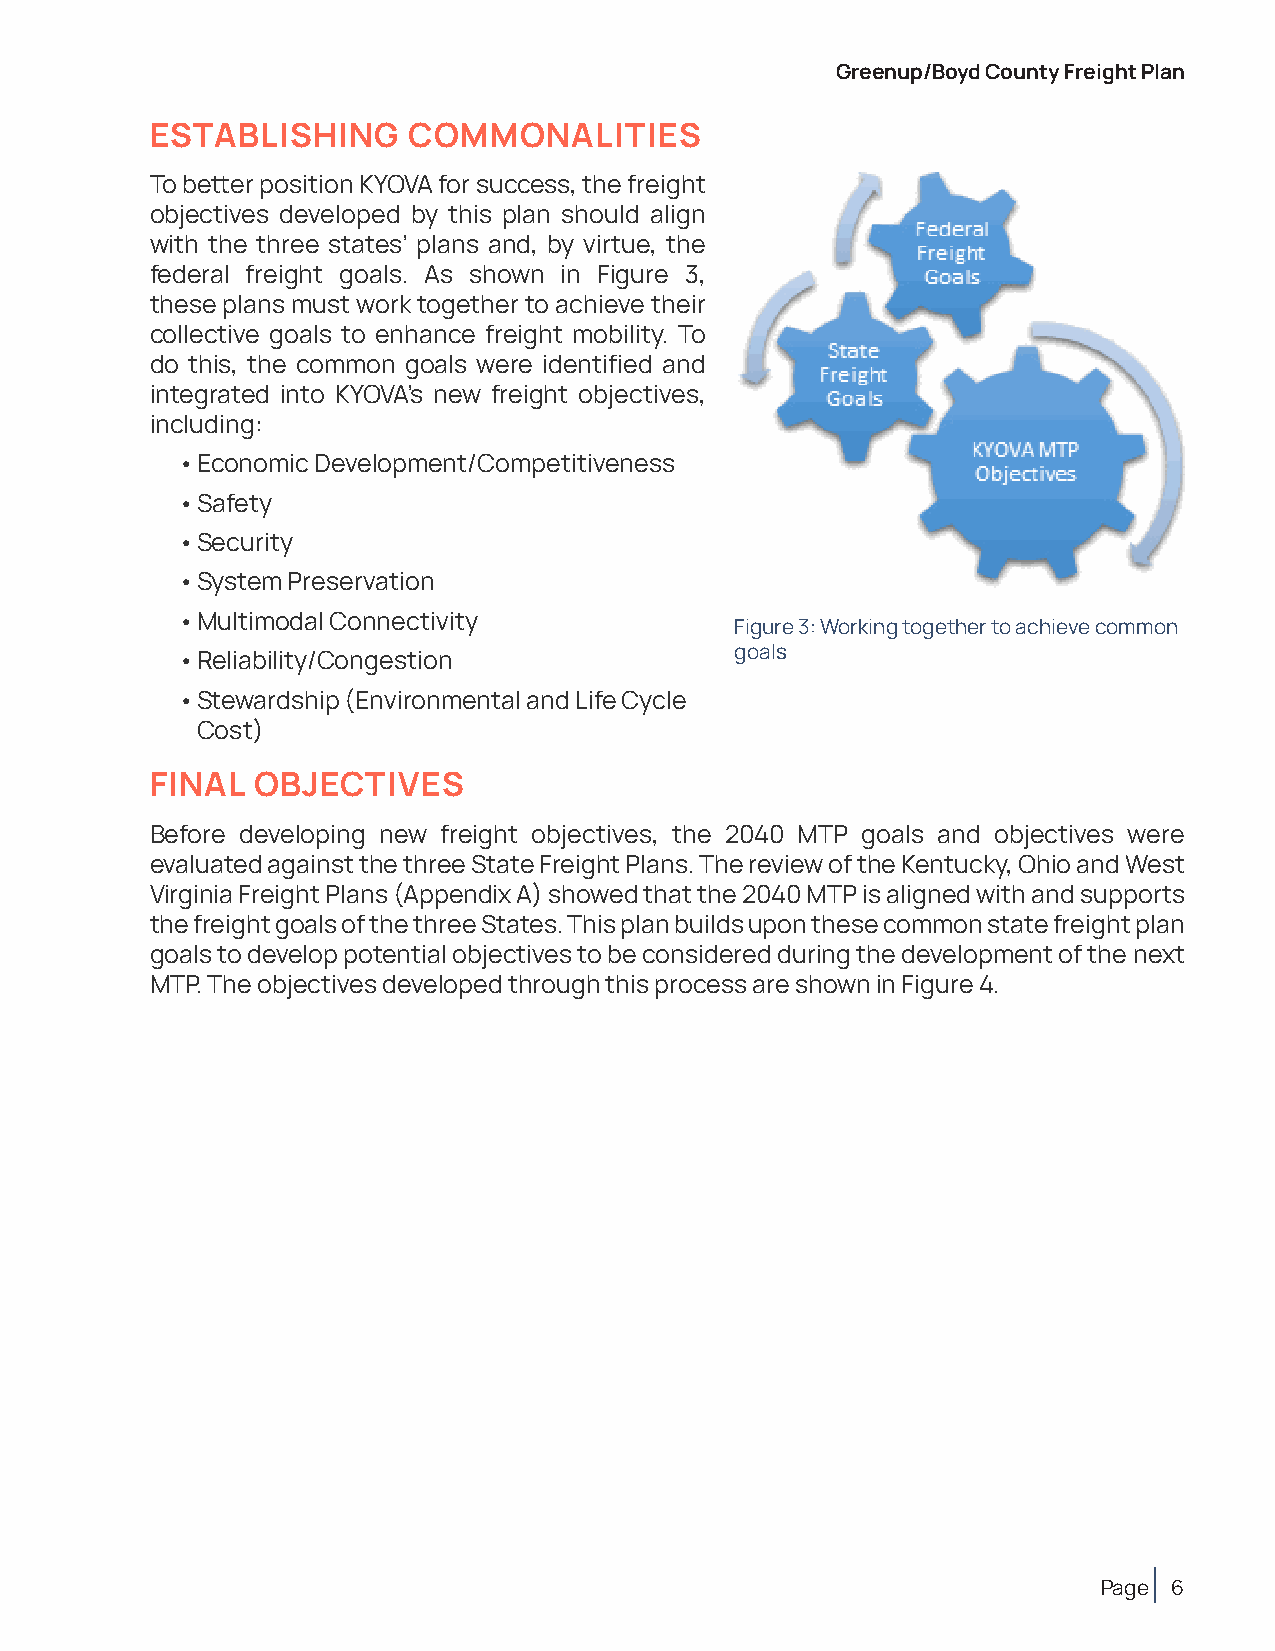
Greenup/Boyd County Freight Plan
 ESTABLISHING     COMMONALITIES
 To better position KYOVA for success, the freight
 objectives developed by this plan should align
 with the three states’ plans and, by virtue, the
 federal freight goals. As shown in Figure 3,
 these plans must work together to achieve their
 collective goals to enhance freight mobility. To
 do this, the common goals were identified and
 integrated into KYOVA’s new freight objectives,
 including:
 • Economic Development/Competitiveness
 • Safety
 • Security
 • System Preservation
 • Multimodal Connectivity
 Figure 3: Working together to achieve common
 goals
 • Reliability/Congestion
 • Stewardship (Environmental and Life Cycle
 Cost)
 FINAL  OBJECTIVES
 Before developing new freight objectives, the 2040 MTP goals and objectives were
 evaluated against the three State Freight Plans. The review of the Kentucky, Ohio and West
 Virginia Freight Plans (Appendix A) showed that the 2040 MTP is aligned with and supports
 the freight goals of the three States. This plan builds upon these common state freight plan
 goals to develop potential objectives to be considered during the development of the next
 MTP. The objectives developed through this process are shown in Figure 4.
 Page 6